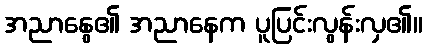
အညာနွေ၏ အညာနေက ပူပြင်းလွန်းလှ၏။